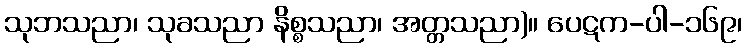
သုဘသညာ၊ သုခသညာ နိစ္စသညာ၊ အတ္တသညာ)။ ပေဋက-ပါ-၁၆၉၊